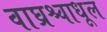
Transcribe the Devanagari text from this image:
वाघ्रश्चाधूल